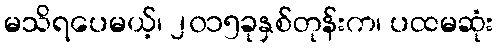
မသိရပေမယ့်၊ ၂၀၁၅ခုနှစ်တုန်းက၊ ပထမဆုံး